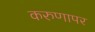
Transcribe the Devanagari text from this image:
करुणापर